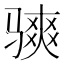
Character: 𫘭